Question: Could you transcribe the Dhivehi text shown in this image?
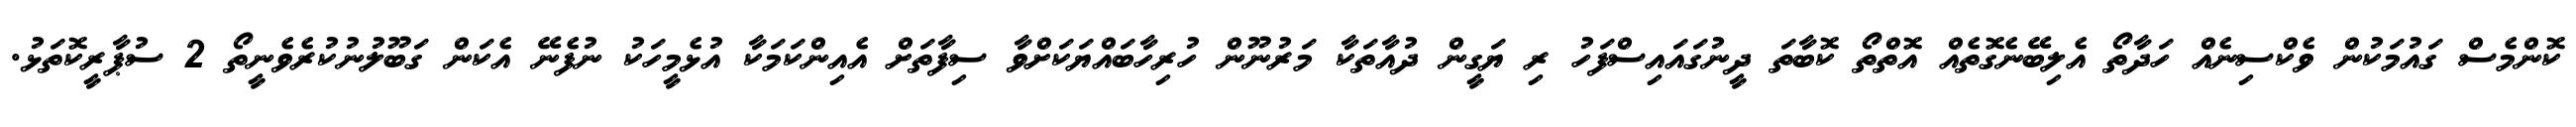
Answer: ކޮންމެސް ގައުމަކުން ވެކްސިނެއް ހަދާތޯ އެލިބޭނެގޮތެއް އޮތްތޯ ކޮބާތަ ދީނުގައައިސްފަހު ރި ޔަގީން ދުއާތަކާ މަރުނޫން ހުރިހާބައްޔަކަށްވާ ސިފާތަށް އެއިންކަމަކާ އުޅެމީހަކު ނުފެނޭ އެކަން ގަބޫލުނުކުރެވެނީތޯ 2 ސުޕާރީކޮތަޅު.